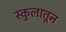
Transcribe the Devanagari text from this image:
स्कुलातून